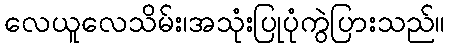
လေယူလေသိမ်း၊အသုံးပြုပုံကွဲပြားသည်။